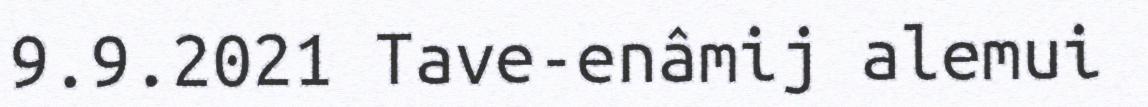
9.9.2021 Tave-enâmij alemui